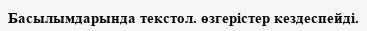
Басылымдарында текстол. өзгерістер кездеспейді.